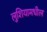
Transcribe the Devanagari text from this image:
लुशियामधील